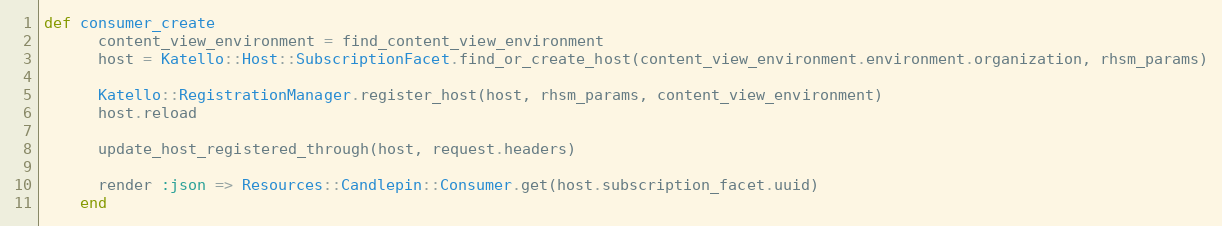
Language: Ruby
def consumer_create
      content_view_environment = find_content_view_environment
      host = Katello::Host::SubscriptionFacet.find_or_create_host(content_view_environment.environment.organization, rhsm_params)

      Katello::RegistrationManager.register_host(host, rhsm_params, content_view_environment)
      host.reload

      update_host_registered_through(host, request.headers)

      render :json => Resources::Candlepin::Consumer.get(host.subscription_facet.uuid)
    end